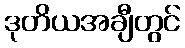
ဒုတိယအချီတွင်